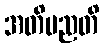
အတိမညတိ